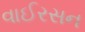
વાઈરસન